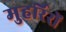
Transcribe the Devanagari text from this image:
मुहर्रिरों